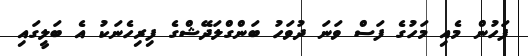
ފަހުުން މެއި މަހުގެ ފަސް ވަނަ ދުވަހު ބަންގްލަދޭޝްގެ ފިރިހެނަކު އެ ބަލީގައި